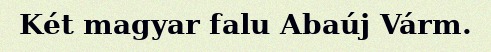
Két magyar falu Abaúj Várm.